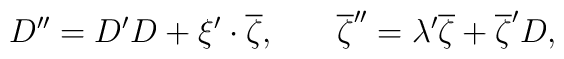
D^{\prime \prime }=D^{\prime }D+\xi ^{\prime }\cdot\overline{\zeta } ,\hspace{0.3in}\overline{\zeta }^{\prime \prime}=\lambda ^{\prime }\overline{ \zeta }+\overline{\zeta }^{\prime}D ,